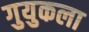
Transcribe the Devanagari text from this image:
गुयुकला